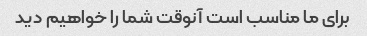
برای ما مناسب است آنوقت شما را خواهیم دید